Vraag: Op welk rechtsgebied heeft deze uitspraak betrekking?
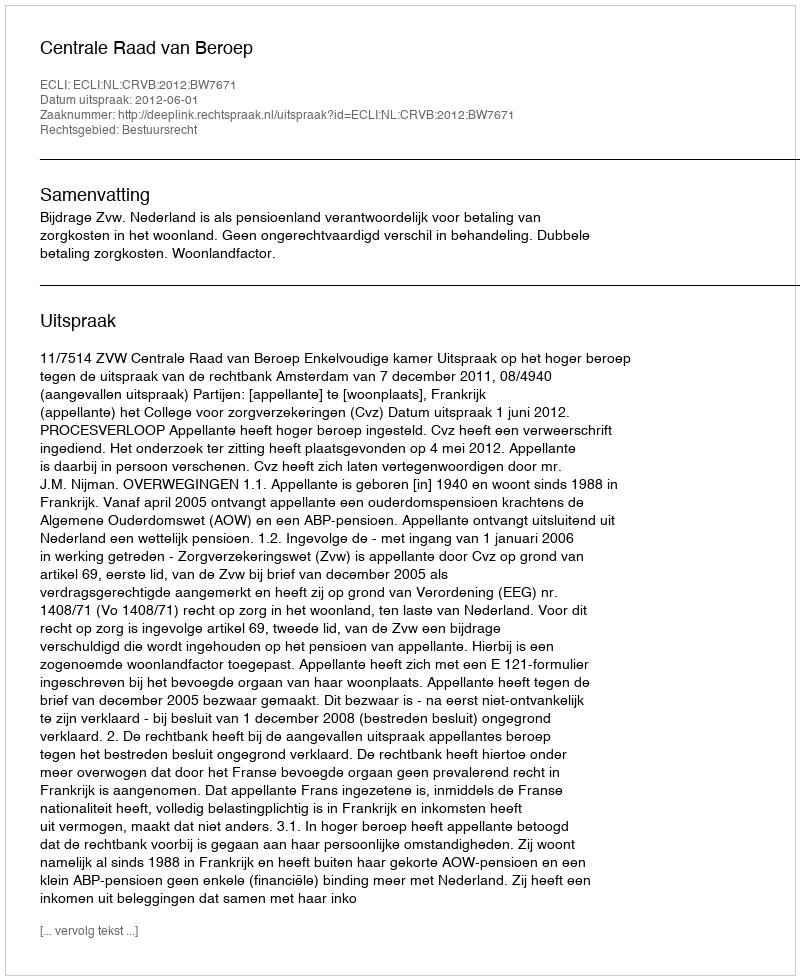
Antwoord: Bestuursrecht